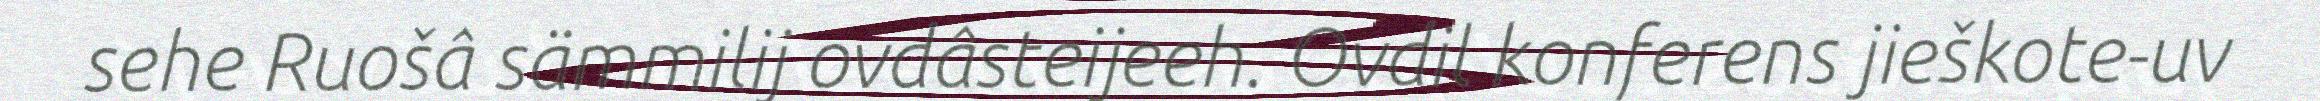
sehe Ruošâ sämmilij ovdâsteijeeh. Ovdil konferens jieškote-uv